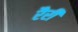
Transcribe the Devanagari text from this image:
रैरी